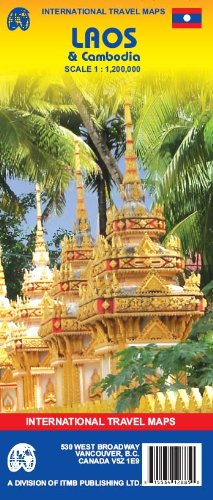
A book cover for Laos 1:1,200,000 & Cambodia 1:725,000 Travel Map 2006; ITM Canada; Travel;